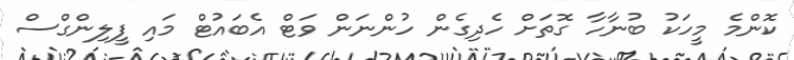
ކޮންމެ މީހަކު ބުނާހާ ގޮތަށް ހެދިގެން ހުންނަން ވަޓް އެބައުޓް މައި ފީލިންގްސް